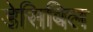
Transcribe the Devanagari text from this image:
डेसिबिल